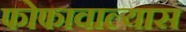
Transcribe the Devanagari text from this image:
फोफावाल्यास